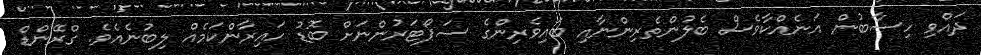
ދައްވި ހިސާބުން އަނެއްކާވެސް ބެލުންތެރިންނާއި ބައިވެރިންގެ ސަޕޯޓަރުންނަށް ބޮޑު ހައިރާންކަމެއް ލިބުނެއެވެ. ގްރޭންޑް